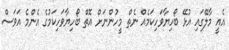
އެއީ މާލޭގައި އުޅޭ ބޯހިޔާވަހިކަމެއް ނެތް މީހުންނަށް އޮތް ބޯހިޔާވަހިކަމުގެ އެންމެ އަވަސް